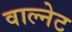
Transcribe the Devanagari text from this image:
वाल्नेट